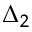
\Delta _ { 2 }